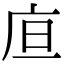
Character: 㡺